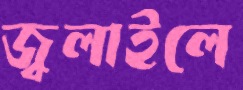
জ্বলাইলে